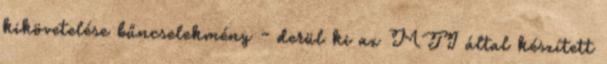
kikövetelése bűncselekmény - derül ki az MTI által készített